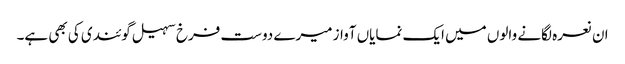
ان نعرہ لگانے والوں میں ایک نمایاں آواز میرے دوست فرخ سہیل گوئندی کی بھی ہے۔